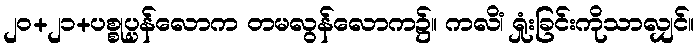
၂၀+၂၁+ပစ္စုပ္ပန်လောက တမလွန်လောက၌။ ကလိံ၊ ရှုံးခြင်းကိုသာလျှင်။